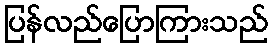
ပြန်လည်ပြောကြားသည်